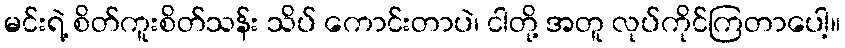
မင်းရဲ့ စိတ်ကူးစိတ်သန်း သိပ် ကောင်းတာပဲ၊ ငါတို့ အတူ လုပ်ကိုင်ကြတာပေါ့။